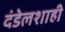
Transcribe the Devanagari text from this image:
दंडेलशाही